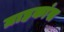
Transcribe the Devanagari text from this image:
ग्राहकांस